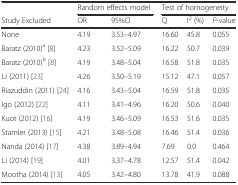
|  | <COLSPAN=2> Random effects model | <COLSPAN=3> Test of homogeneity |
 | Study Excluded | OR | 95%CI | Q | I2 (%) | P-value |
 | --- | --- | --- | --- | --- | --- |
 | None | 4.19 | 3.53–4.97 | 16.60 | 45.8 | 0.055 |
 | Baratz (2010)a [8] | 4.23 | 3.52–5.09 | 16.22 | 50.7 | 0.039 |
 | Baratz (2010)b [8] | 4.19 | 3.48–5.04 | 16.58 | 51.8 | 0.035 |
 | Li (2011) [23] | 4.26 | 3.50–5.19 | 15.12 | 47.1 | 0.057 |
 | Riazuddin (2011) [24] | 4.16 | 3.43–5.04 | 16.59 | 51.8 | 0.035 |
 | Igo (2012) [22] | 4.11 | 3.41–4.96 | 16.20 | 50.6 | 0.040 |
 | Kuot (2012) [16] | 4.19 | 3.46–5.09 | 16.53 | 51.6 | 0.035 |
 | Stamler (2013) [15] | 4.21 | 3.48–5.08 | 16.46 | 51.4 | 0.036 |
 | Nanda (2014) [17] | 4.38 | 3.89–4.94 | 7.69 | 0.0 | 0.464 |
 | Li (2014) [19] | 4.01 | 3.37–4.78 | 12.57 | 51.4 | 0.042 |
 | Mootha (2014) [13] | 4.05 | 3.42–4.80 | 13.78 | 41.9 | 0.088 |